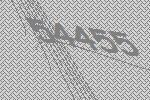
54455